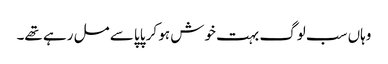
وہاں سب لوگ بہت خوش ہو کر پاپا سے مل رہے تھے۔